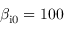
\beta _ { \mathrm { i 0 } } = 1 0 0